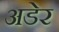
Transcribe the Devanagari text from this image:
अडेर